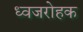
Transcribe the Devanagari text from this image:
ध्वजरोहक